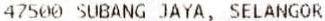
47500 SUBANG JAYA, SELANGOR